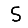
Digit: 5